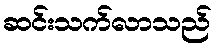
ဆင်းသက်လာသည်